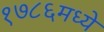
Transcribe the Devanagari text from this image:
१७८६मध्ये